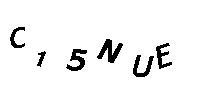
C15NUE